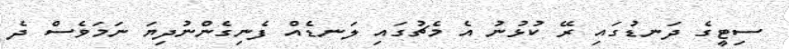
ސިޓީގެ ދަނޑުގައި ރޭ ކުޅުނު އެ މެޗުގައި ލަނޑެއް ފެނިގެންނުދިޔަ ނަމަވެސް ދެ